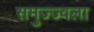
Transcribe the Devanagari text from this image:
समुज्ज्वला